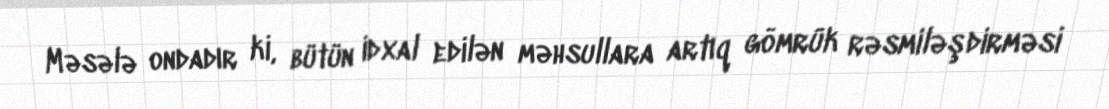
Məsələ ondadır ki, bütün idxal edilən məhsullara artıq gömrük rəsmiləşdirməsi